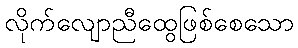
လိုက်လျောညီထွေဖြစ်စေသော